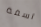
اسفة